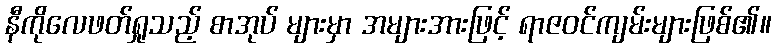
နီကိုလေဖတ်ရှုသည့် စာအုပ် များမှာ အများအားဖြင့် ရာဇဝင်ကျမ်းများဖြစ်၏။